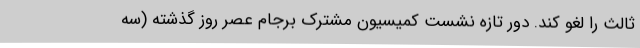
ثالث را لغو کند. دور تازه نشست کمیسیون مشترک برجام عصر روز گذشته (سه